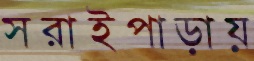
সরাইপাড়ায়